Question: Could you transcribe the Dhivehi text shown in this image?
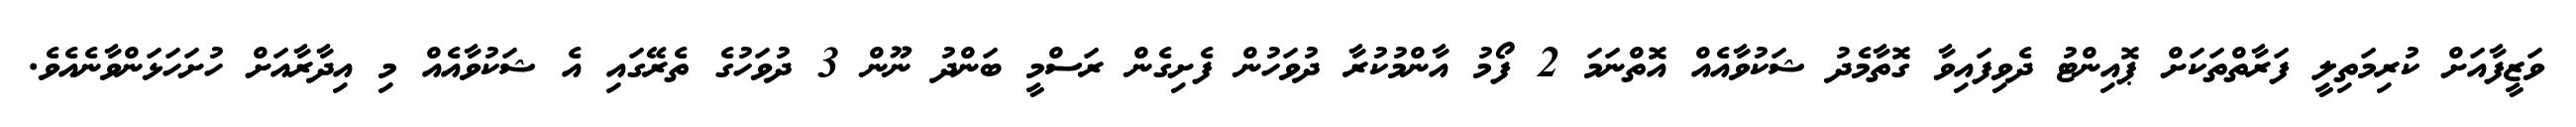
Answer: ވަޒީފާއަށް ކުރިމަތިލީ ފަރާތްތަކަށް ޕޮއިންޓު ދެވިފައިވާ ގޮތާމެދު ޝަކުވާއެއް އޮތްނަމަ 2 ފޯމު އާންމުކުރާ ދުވަހުން ފެށިގެން ރަސްމީ ބަންދު ނޫން 3 ދުވަހުގެ ތެރޭގައި އެ ޝަކުވާއެއް މި އިދާރާއަށް ހުށަހަޅަންވާނެއެވެ.